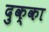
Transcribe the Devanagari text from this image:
दुक्का